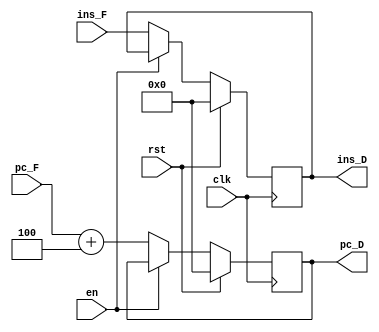
`timescale 1ns / 1ps
//////////////////////////////////////////////////////////////////////////////////
// Company: 
// Engineer: 
// 
// Design Name: 
// Module Name:    IF_ID 
// Project Name: 
// Target Devices: 
// Tool versions: 
// Description: 
//
// Dependencies: 
//
// Revision: 
// Revision 0.01 - File Created
// Additional Comments: 
//
//////////////////////////////////////////////////////////////////////////////////
module IF_ID(clk,rst,en,ins_F,pc_F,ins_D,pc_D
    );
	input clk,rst,en;
	input[31:0] ins_F,pc_F;
	output reg[31:0] ins_D,pc_D;
	initial begin
	ins_D=0;
	pc_D=0;
	end
	always @(posedge clk)
	begin
		if(rst)
		begin
			ins_D<=0;
			pc_D<=0;
		end
		else if(!en)
		begin
			ins_D<=ins_F;
			pc_D<=pc_F+4;
		end
	end

endmodule